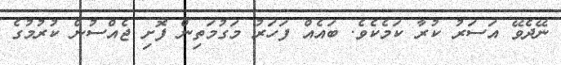
ނޭދެވޭ އަސަރު ކުރާ ކަމެކެވެ. ބައެއް ފަހަރު މަގުމަތިން ފޮށި ޖެއްސުން ކުރުމުގެ